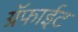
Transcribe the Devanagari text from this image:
ग्रॅफाईट